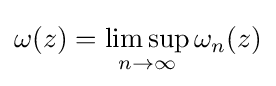
\omega (z)=\limsup _{n\to \infty }\omega _{n}(z)